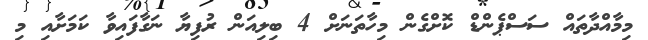
މިމާއްދާތައް ސަސްޕެންޑް ކޮށްގެން މިހާތަނަށް 4 ބިލިއަން ރުފިޔާ ނަގާފައިވާ ކަމަށާއި މި